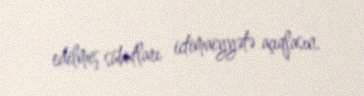
edilmiş sübutları ictimaiyyətə açıqlasın.